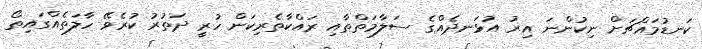
ކަނޑުމައްޗަށް ނިކުންނަ އިރު އުޅަނދެއްގެ ސަލާމަތްތާއި ރައްކާތެރިކަން ހުރީ ދަތުރު ކުރެވޭ ހާލަތެއްގައިތޯ